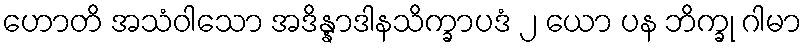
ဟောတိ အသံဝါသော အဒိန္နာဒါနသိက္ခာပဒံ ၂ ယော ပန ဘိက္ခု ဂါမာ